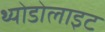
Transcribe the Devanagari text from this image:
थ्योडोलाइट